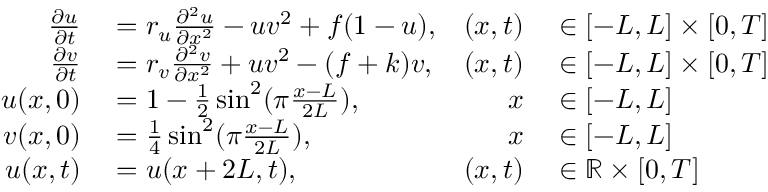
\begin{array} { r l r l } { \frac { \partial u } { \partial t } } & { { } = r _ { u } \frac { \partial ^ { 2 } u } { \partial x ^ { 2 } } - u v ^ { 2 } + f ( 1 - u ) , } & { ( x , t ) } & { { } \in [ - L , L ] \times [ 0 , T ] } \\ { \frac { \partial v } { \partial t } } & { { } = r _ { v } \frac { \partial ^ { 2 } v } { \partial x ^ { 2 } } + u v ^ { 2 } - ( f + k ) v , } & { ( x , t ) } & { { } \in [ - L , L ] \times [ 0 , T ] } \\ { u ( x , 0 ) } & { { } = 1 - \frac { 1 } { 2 } \sin ^ { 2 } ( \pi \frac { x - L } { 2 L } ) , } & { x } & { { } \in [ - L , L ] } \\ { v ( x , 0 ) } & { { } = \frac { 1 } { 4 } \sin ^ { 2 } ( \pi \frac { x - L } { 2 L } ) , } & { x } & { { } \in [ - L , L ] } \\ { u ( x , t ) } & { { } = u ( x + 2 L , t ) , } & { ( x , t ) } & { { } \in \mathbb { R } \times [ 0 , T ] } \end{array}